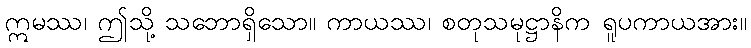
ဣမဿ၊ ဤသို့ သဘောရှိသော။ ကာယဿ၊ စတုသမုဋ္ဌာနိက ရူပကာယအား။